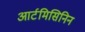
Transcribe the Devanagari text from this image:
आर्टमिसिनिन